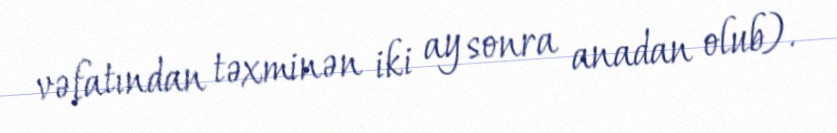
vəfatından təxminən iki ay sonra anadan olub).